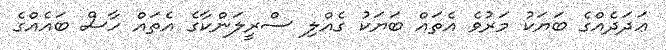
ޢަދަދެއްގެ ބަޔަކު މަރުވެ އެތައް ބަޔަކު ގެއްލި ސްރީލަންކާގެ އެތައް ހާސް ބައެއްގެ